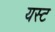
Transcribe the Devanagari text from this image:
यस्ट